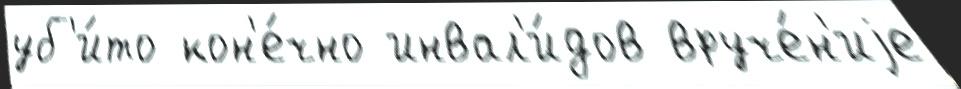
уб'и́то кон'е́чно инвал'и́дов вруче́н'иjе